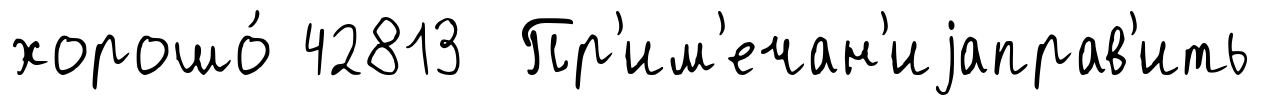
хорошо́ 42813 Пр'им'ечан'иjаправ'ить